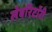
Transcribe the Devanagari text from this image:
लेबाॅरेटाॅरी